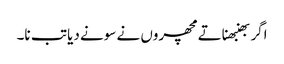
اگر بھنبھناتے مچھروں نے سونے دیا تب نا۔